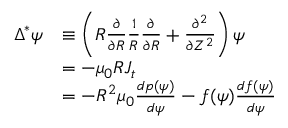
\begin{array} { r l } { \Delta ^ { * } \psi } & { \equiv \left( R \frac { \partial } { \partial R } \frac { 1 } { R } \frac { \partial } { \partial R } + \frac { \partial ^ { 2 } } { \partial Z ^ { 2 } } \right) \psi } \\ & { = - \mu _ { 0 } R J _ { t } } \\ & { = - R ^ { 2 } \mu _ { 0 } \frac { d p ( \psi ) } { d \psi } - f ( \psi ) \frac { d f ( \psi ) } { d \psi } } \end{array}